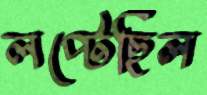
লপ্‌টেছিল